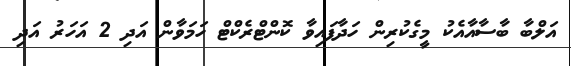
އަލްބާ ބާސާއާއެކު މީގެކުރިން ހަދާފައިވާ ކޮންޓްރެކްޓް ހަމަވާން އަދި 2 އަހަރު އަދި